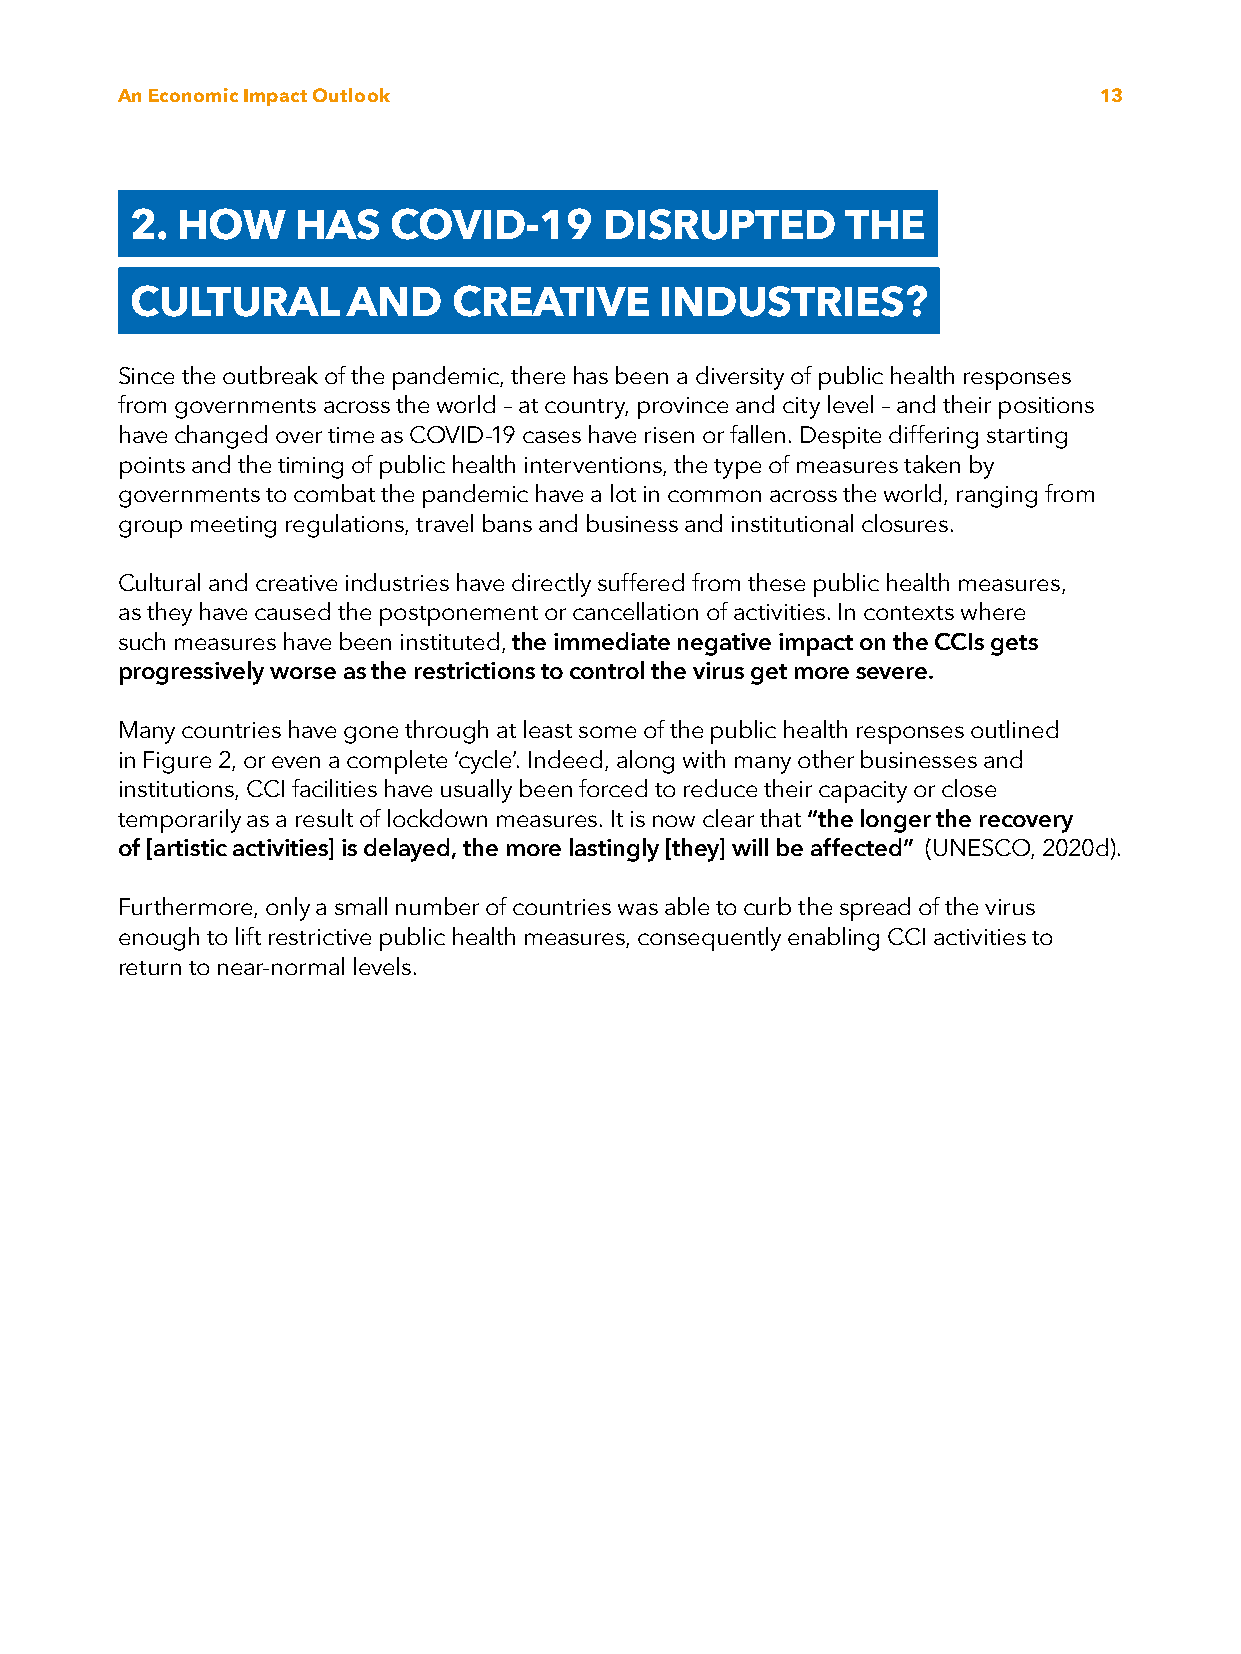
An Economic Impact Outlook                                       13
 2. H OW    HAS   COVID-19      DISRUPTED       THE
 CULTURAL      AND    CREATIVE      INDUSTRIES?
 Since the outbreak of the pandemic, there has been a diversity of public health responses
 from governments across the world – at country, province and city level – and their positions
 have changed over time as COVID-19 cases have risen or fallen. Despite differing starting
 points and the timing of public health interventions, the type of measures taken by
 EASTERN EUROPEAN STATES governments to combat the pandemic have a lot in common across the world, ranging from
 group meeting regulations, travel bans and business and institutional closures.
 26%
 Cultural and creative industries have directly suffered from these public health measures,
 as they have caused the postponement or cancellation of activities. In contexts where
 such measures have been instituted, the immediate negative impact on the CCIs gets
 progressively worse as the restrictions to control the virus get more severe.
 Many countries have gone through at least some of the public health responses outlined
 in Figure 2, or even a complete ‘cycle’. Indeed, along with many other businesses and
 institutions, CCI facilities have usually been forced to reduce their capacity or close
 temporarily as a result of lockdown measures. It is now clear that “the longer the recovery
 of [artistic activities] is delayed, the more lastingly [they] will be affected” (UNESCO, 2020d).
 Furthermore, only a small number of countries was able to curb the spread of the virus
 enough to lift restrictive public health measures, consequently enabling CCI activities to
 return to near-normal levels.